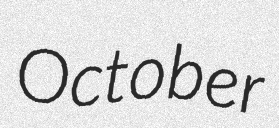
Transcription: October